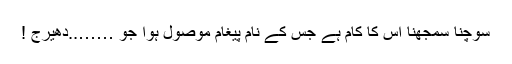
سوچنا سمجھنا اس کا کام ہے جس کے نام پیغام موصول ہوا جو ……..دھیرج !